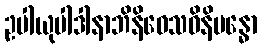
ဥပါယုပါဒါနာဘိနိဝေသဝိနိဗန္ဓော